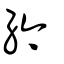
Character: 紟